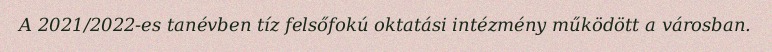
A 2021/2022-es tanévben tíz felsőfokú oktatási intézmény működött a városban.